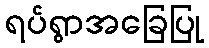
ရပ်ရွာအခြေပြု